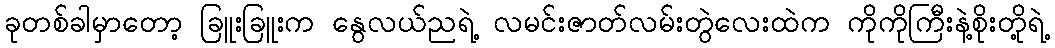
ခုတစ်ခါမှာတော့ ခြူးခြူးက နွေလယ်ညရဲ့ လမင်းဇာတ်လမ်းတွဲလေးထဲက ကိုကိုကြီးနဲ့စိုးတို့ရဲ့